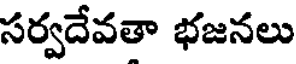
సర్వదేవతా భజనలు